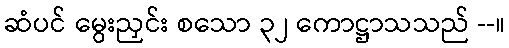
ဆံပင် မွေးညှင်း စသော ၃၂ ကောဋ္ဌာသသည် --။